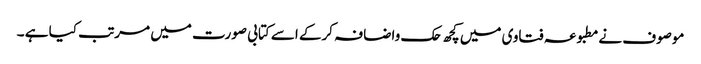
موصوف نےمطبوعہ فتاوی میں کچھ حک واضافہ کرکے اسے کتابی صورت میں مرتب کیا ہے ۔